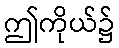
ဤကိုယ်၌